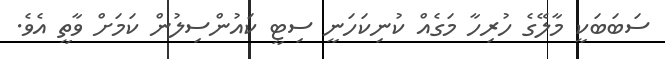
ސަބަބަކީ މާލޭގެ ހުރިހާ މަގެއް ކުނިކަހަނީ ސިޓީ ކައުންސިލުން ކަމަށް ވާތީ އެވެ.